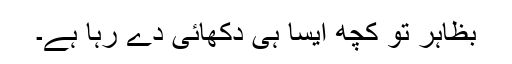
بظاہر تو کچھ ایسا ہی دکھائی دے رہا ہے۔